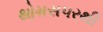
થોમસપરથી